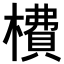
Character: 𣙿